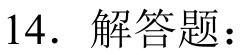
14. 解答题：